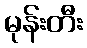
မုန်းတီး